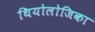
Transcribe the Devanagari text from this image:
थियोलोजिका